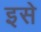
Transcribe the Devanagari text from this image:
इसे